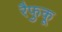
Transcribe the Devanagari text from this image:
रैफुकू